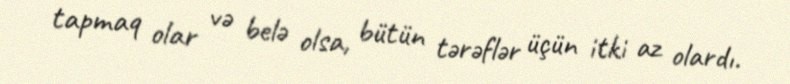
tapmaq olar və belə olsa, bütün tərəflər üçün itki az olardı.